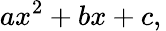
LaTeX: ax^{2}+bx+c,\,